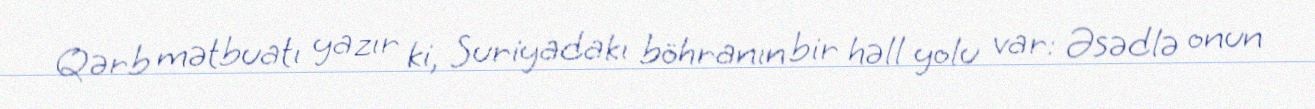
Qərb mətbuatı yazır ki, Suriyadakı böhranın bir həll yolu var: Əsədlə onun